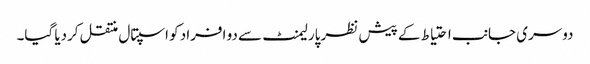
دوسری جانب احتیاط کے پیش نظر پارلیمنٹ سے دو افراد کو اسپتال منتقل کردیا گیا۔